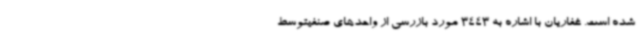
شده است. غفاریان با اشاره به 3443 مورد بازرسی از واحدهای صنفیتوسط